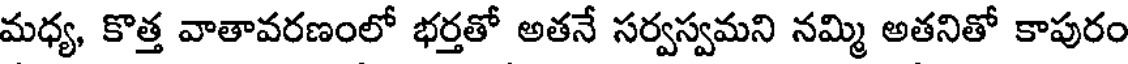
మధ్య, కొత్త వాతావరణంలో భర్తతో అతనే సర్వస్వమని నమ్మి అతనితో కాపురం